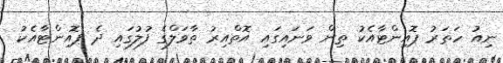
ނިއު ހަތަރު ޕޮއިންޓާއެކު ތިން ވަނައިގައި އޮތްއިރު ތާވަލްގެ ފުލުގައި ދެ ޕޮއިންޓާއެކު